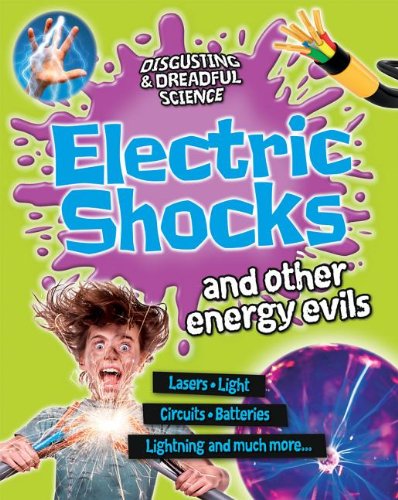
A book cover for Electric Shocks and Other Energy Evils (Disgusting & Dreadful Science); Anna Claybourne; Children's Books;